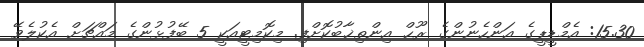
15.30: އެމްޑީޕީގެ އަންހެނުންގެ ރޫޙް އިންތިޚާބުކޮށްފި. މިކޮމިޓީއަކީ 5 ބޭފުޅުންގެ މައްޗަށް އެކުލެވޭ